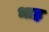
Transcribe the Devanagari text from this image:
भाह